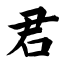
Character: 君